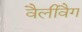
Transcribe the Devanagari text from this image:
वैलीवैग